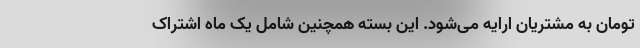
تومان به مشتریان ارایه می‌شود. این بسته همچنین شامل یک ماه اشتراک